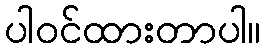
ပါဝင်ထားတာပါ။